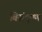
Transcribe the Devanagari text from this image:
विसंदूषण